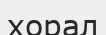
хорал